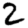
Digit: 2